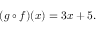
( g \circ f ) ( x ) = 3 x + 5 .